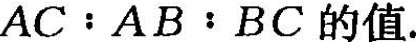
A C﹔A B：B C的值.